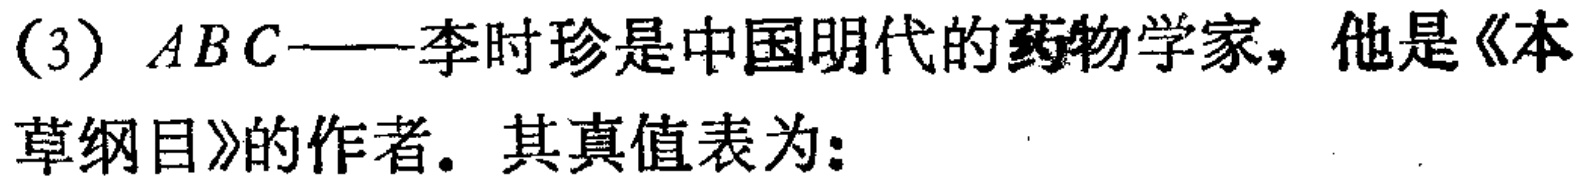
(3) \(ABC\)——李时珍是中国明代的药物学家，他是《本草纲目》的作者. 其真值表为: